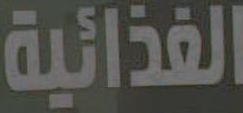
الغذائية